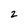
Character: 2